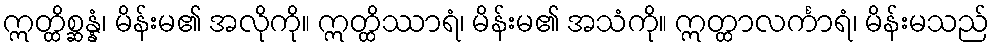
ဣတ္ထိစ္ဆန္နံ၊ မိန်းမ၏ အလိုကို။ ဣတ္ထိဿာရံ၊ မိန်းမ၏ အသံကို။ ဣတ္ထာလင်္ကာရံ၊ မိန်းမသည်